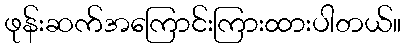
ဖုန်းဆက်အကြောင်းကြားထားပါတယ်။